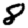
Digit: 8